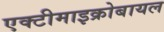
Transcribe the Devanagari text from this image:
एक्टीमाइक्रोबायल